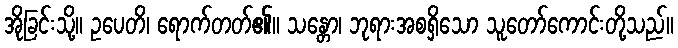
အိုခြင်းသို့။ ဥပေတိ၊ ရောက်တတ်၏။ သန္တော၊ ဘုရားအစရှိသော သူတော်ကောင်းတို့သည်။